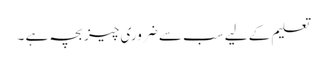
تعلیم کے لیے سب سے ضروری چیز بچہ ہے ۔